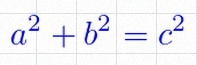
a^2+b^2=c^2